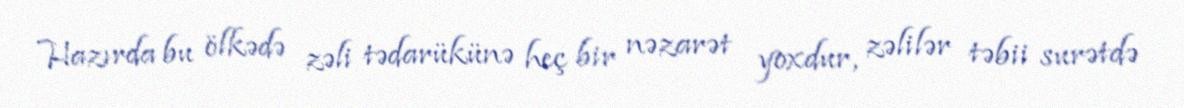
Hazırda bu ölkədə zəli tədarükünə heç bir nəzarət yoxdur, zəlilər təbii surətdə